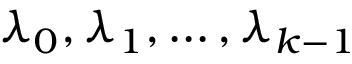
\lambda _ { 0 } , \lambda _ { 1 } , \dots , \lambda _ { k - 1 }